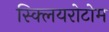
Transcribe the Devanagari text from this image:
स्क्लियरोटोम